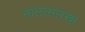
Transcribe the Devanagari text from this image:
नालासारखा